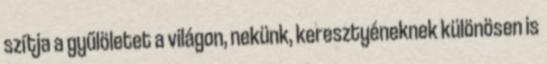
szítja a gyűlöletet a világon, nekünk, keresztyéneknek különösen is